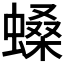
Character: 𧏠